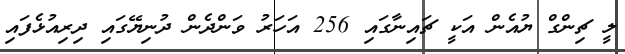
ލީ ޗިންގް ޔުއެން އަކީ ޗައިނާގައި 256 އަހަރު ވަންދެން ދުނިޔޭގައި ދިރިއުޅެފައި